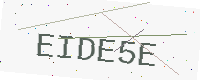
Text: EIDE5E